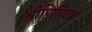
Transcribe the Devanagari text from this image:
श्रोणिशिखर